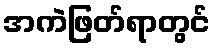
အကဲဖြတ်ရာတွင်